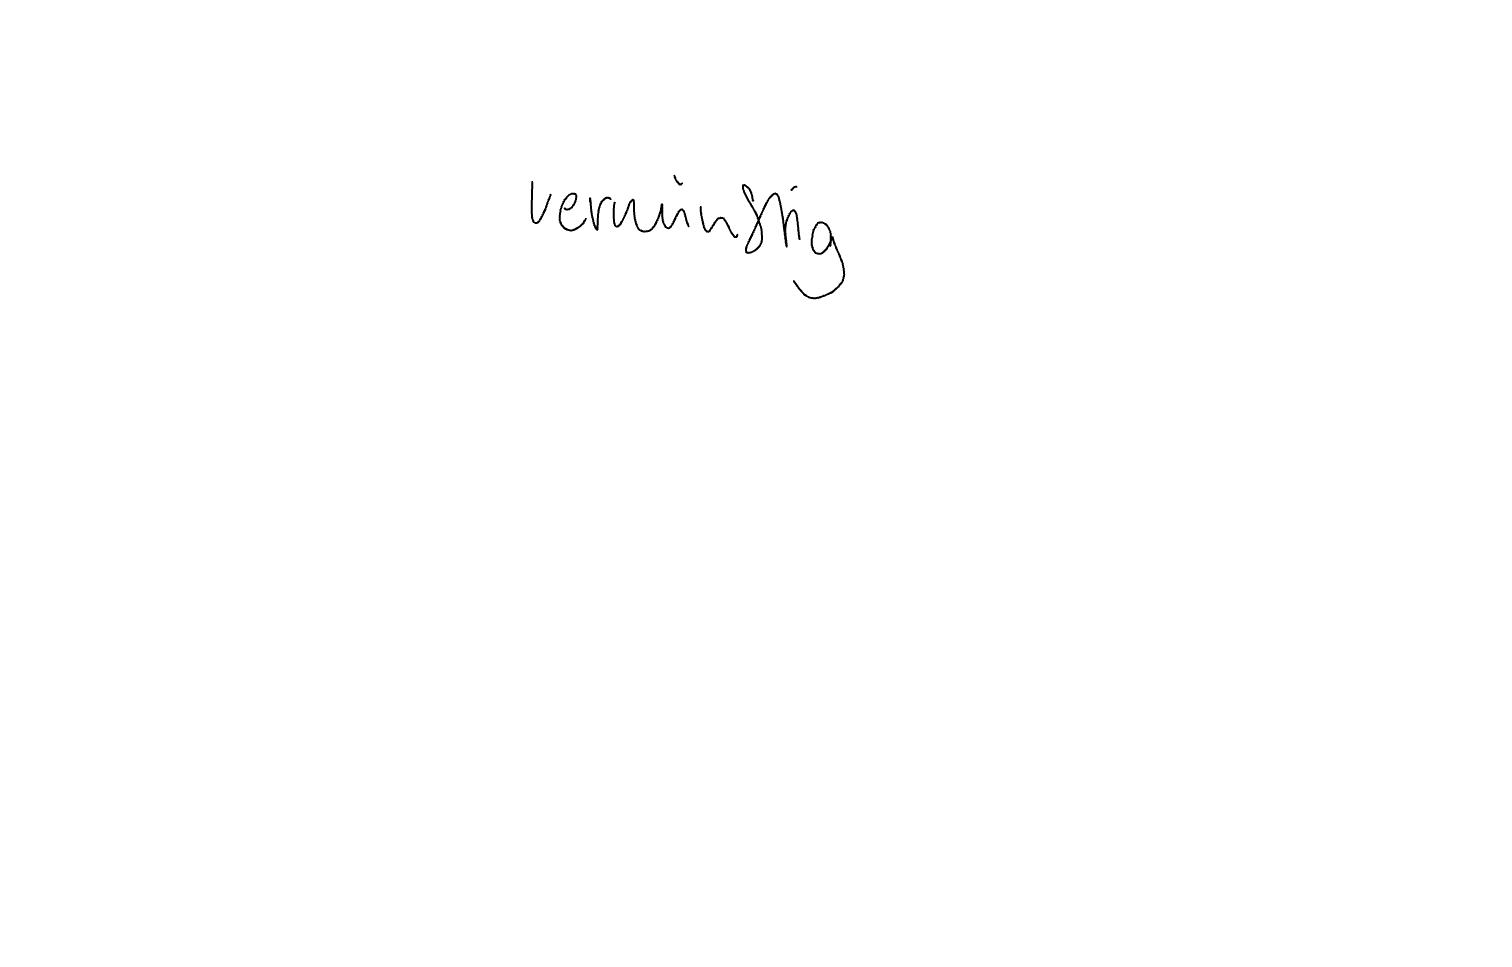
Text: vernünftig